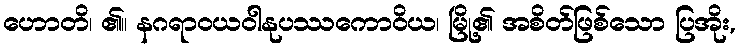
ဟောတိ၊ ၏။ နဂရာဝယဝါနုပဿကောဝိယ၊ မြို့၏ အစိတ်ဖြစ်သော ပြအိုး,